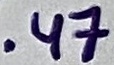
Text: .47